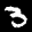
Label: 3